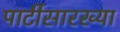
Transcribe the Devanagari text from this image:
पार्टीसारख्या